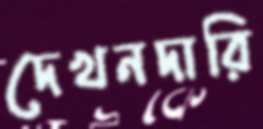
দেখনদারি